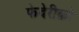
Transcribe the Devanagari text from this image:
फेदेरीक़ो